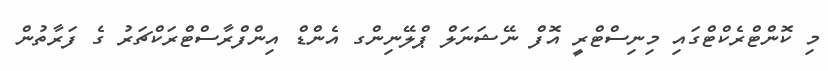
މި ކޮންޓްރެކްޓްގައި މިނިސްޓްރީ އޮފް ނޭޝަނަލް ޕްލޭނިންގ އެންޑް އިންފްރާސްޓްރަކްޗަރު ގެ ފަރާތުން